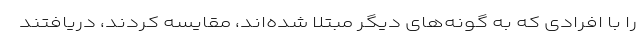
را با افرادی که به گونه‌های دیگر مبتلا شده‌اند، مقایسه کردند، دریافتند